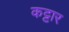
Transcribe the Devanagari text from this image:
कट्टार